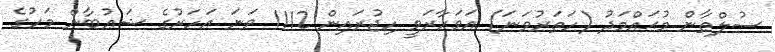
ސުލްޠާން މުޙައްމަދު (ހަތަރުވަނަ) އަވަހާރަވީ ހިޖުރައިން 1112 ވަނަ އަހަރުގެ ޝަޢުބާން މަހުގެ